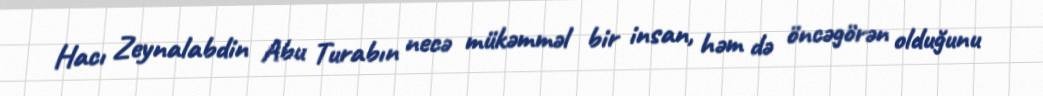
Hacı Zeynalabdin Abu Turabın necə mükəmməl bir insan, həm də öncəgörən olduğunu